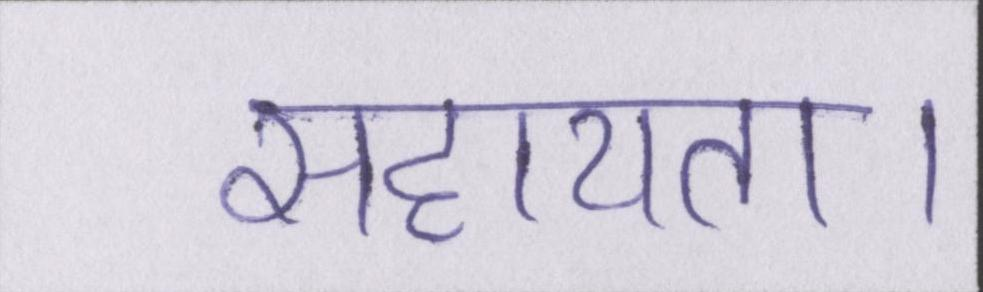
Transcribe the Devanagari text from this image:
सहायता।